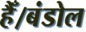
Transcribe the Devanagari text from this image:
हैँ।बंडोल